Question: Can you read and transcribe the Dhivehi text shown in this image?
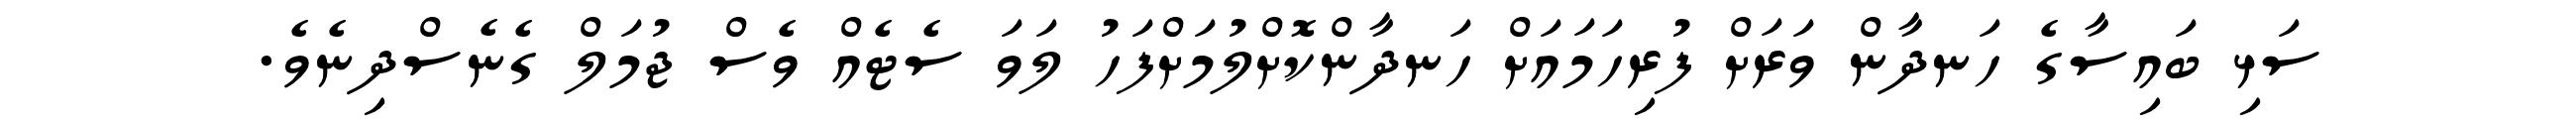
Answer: ސަޅި ބައިސާގެ ހަނދާން ވަރަށް ފުރިހަމައަށް ހަނދާންކޮށްލުމަށްފަހު ލަވަ ސެޓެއް ވެސް ޖުމަލް ގެނެސްދިނެވެ.